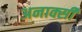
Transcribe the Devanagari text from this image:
अनाक्सी